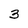
Character: 3